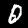
Label: 0